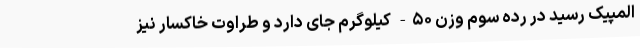
المپیک رسید در رده سوم وزن ۵۰- کیلوگرم جای دارد و طراوت خاکسار نیز